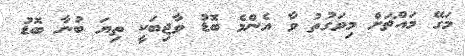
މަގޭ މައްޗަށް މިވަގުތު ވާ އެންމެ ބޮޑު ވާޖިބަކީ ތިޔަ ބުނާ ބޮޑު